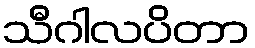
သီဂါလပိတာ